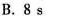
B.8s